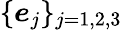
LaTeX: \{ \boldsymbol{e}_{j}\} _{j=1,2,3}